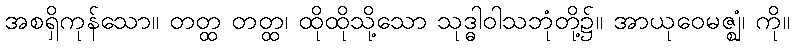
အစရှိကုန်သော။ တတ္ထ တတ္ထ၊ ထိုထိုသို့သော သုဒ္ဓါဝါသဘုံတို့၌။ အာယုဝေမဇ္ဈံ၊ ကို။